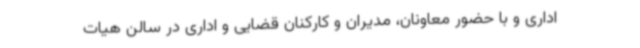
اداری و با حضور معاونان، مدیران و کارکنان قضایی و اداری در سالن هیات